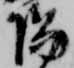
陽